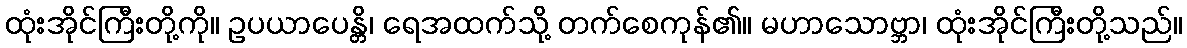
ထုံးအိုင်ကြီးတို့ကို။ ဥပယာပေန္တိ၊ ရေအထက်သို့ တက်စေကုန်၏။ မဟာသောဗ္ဘာ၊ ထုံးအိုင်ကြီးတို့သည်။